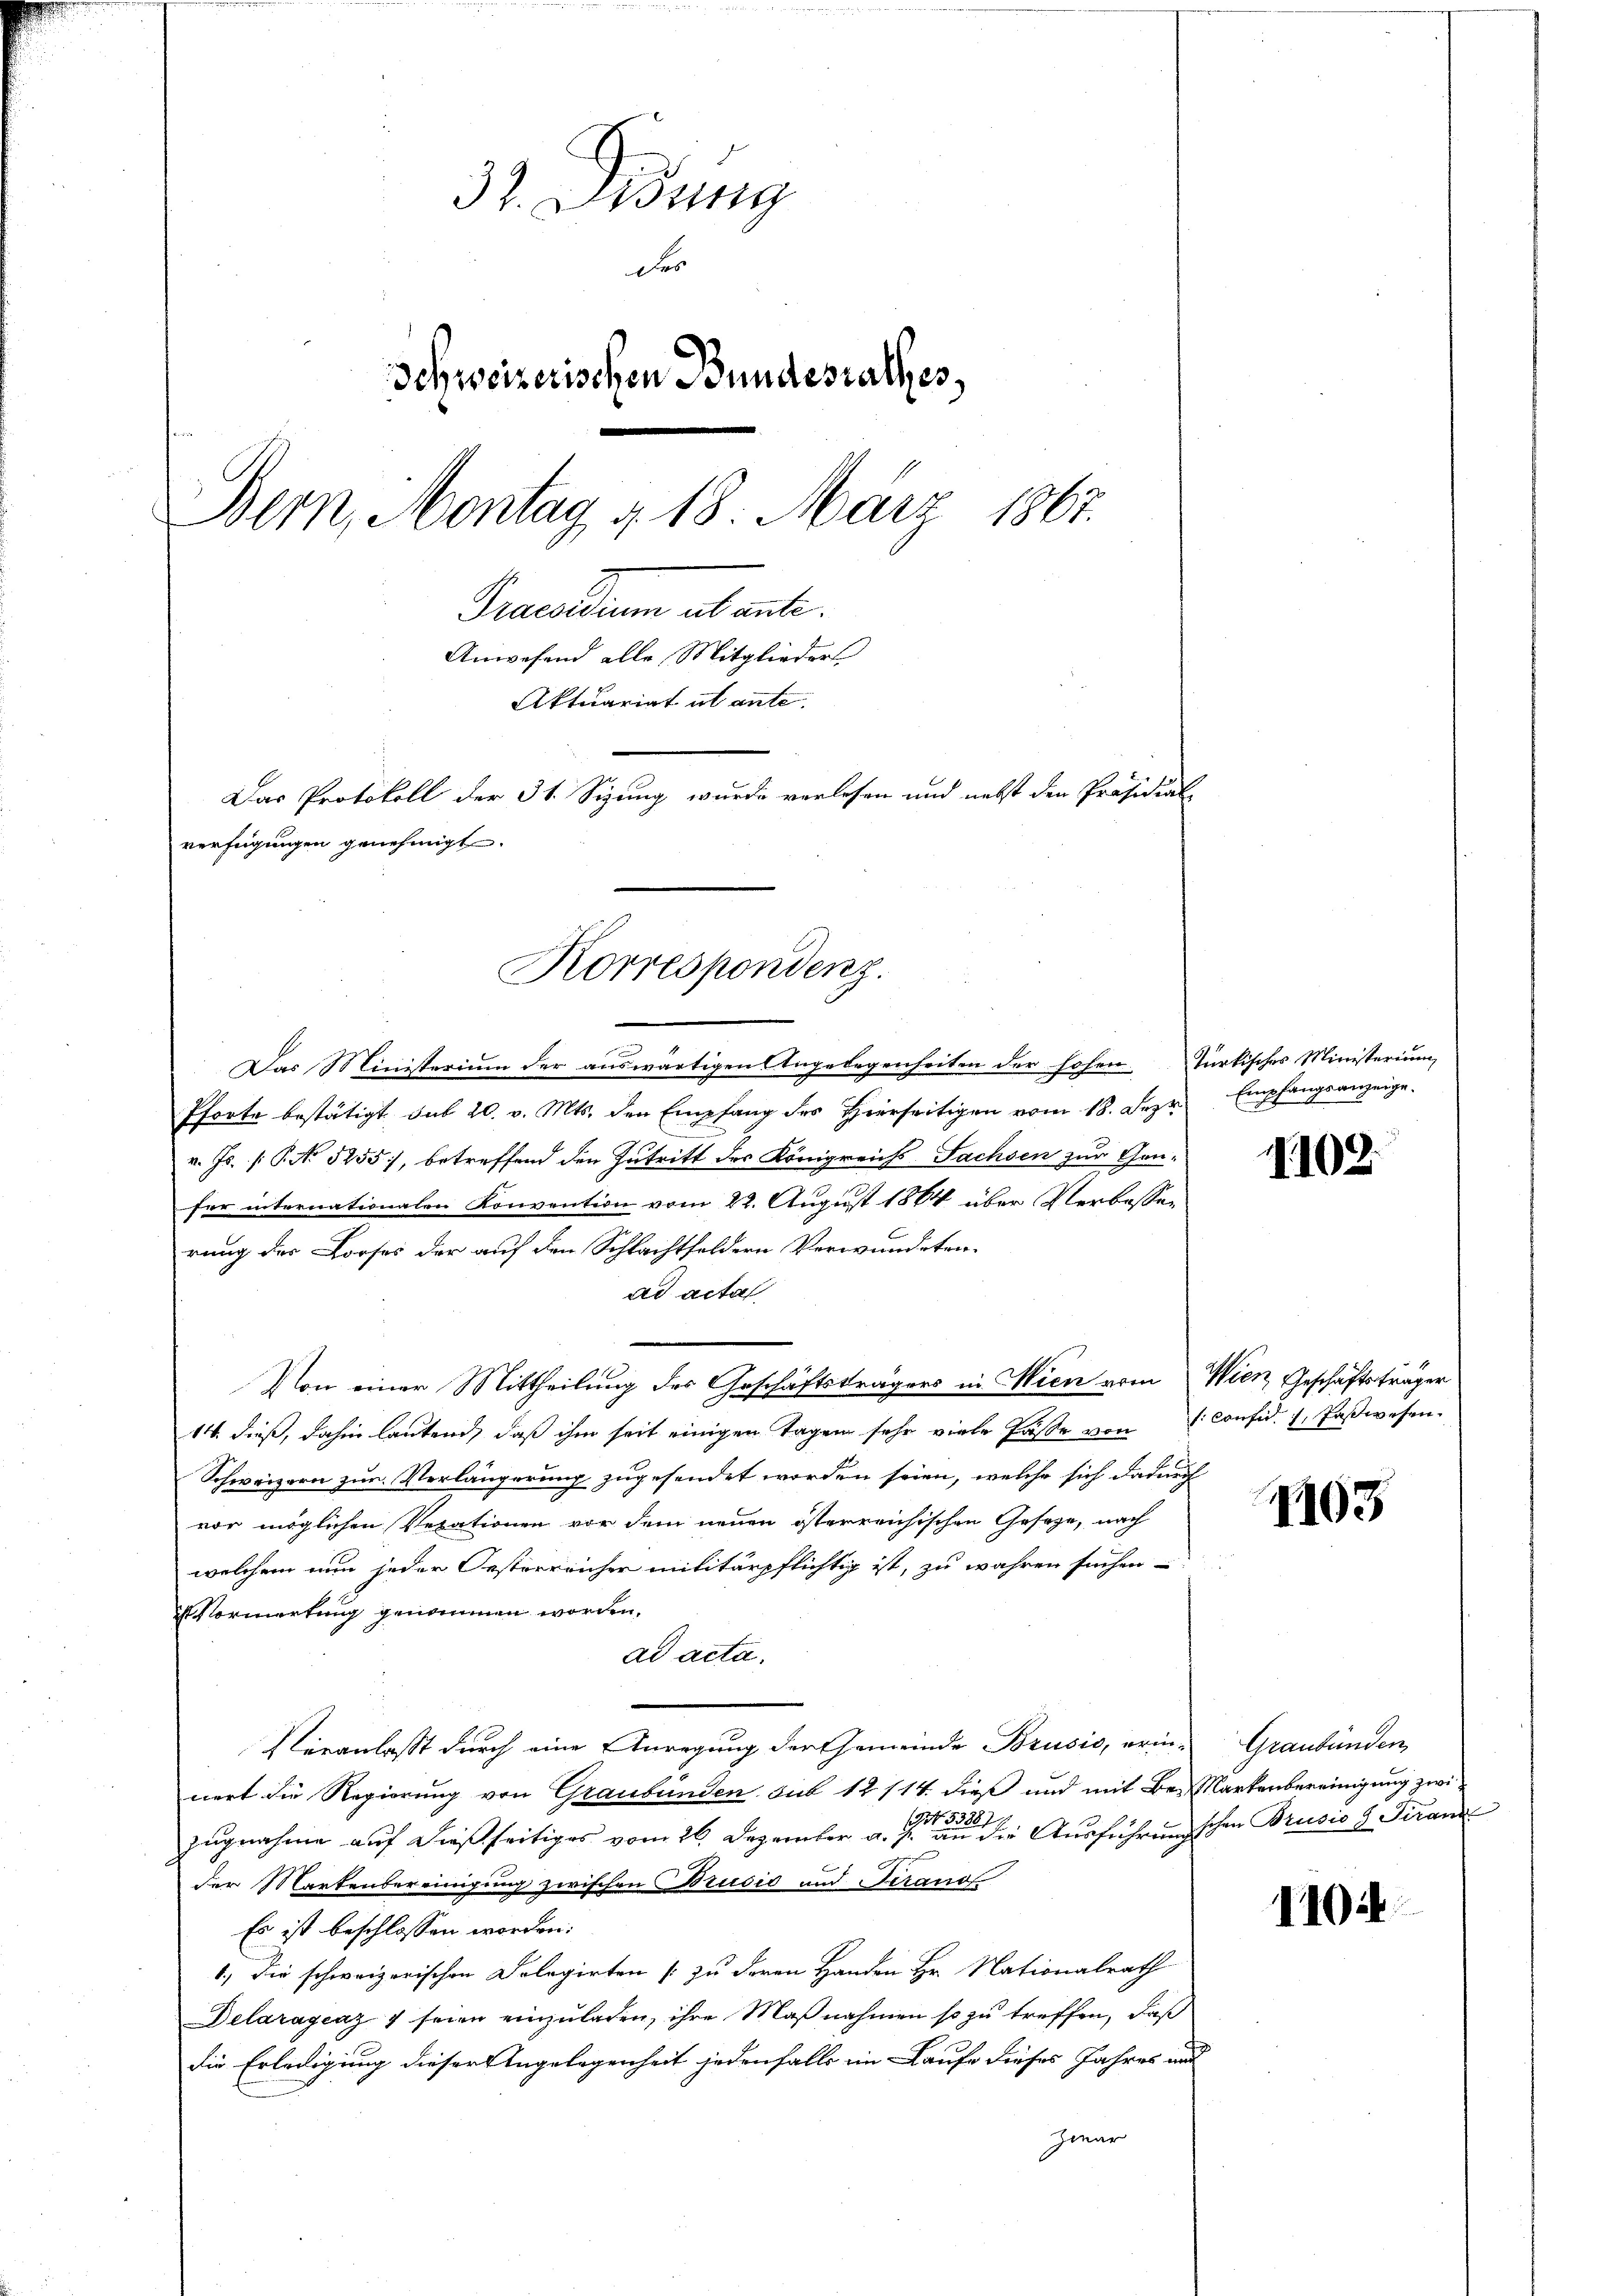
32. Diezing
d
Schweizerischen Bundesrathes,
Bern, Montag § 18. März 1867.
Praesiduum abante.
Anwesend alle Mitglieder
Aktuariat abante.
Das Protokoll der 31. Sizung wurde verlesen und nebst den Präsidial-
verfügungen genehmigt.

Korrespondenz.

Das Ministerium der auswärtigen Angelegenheiten der hohen türkisches Ministerium
Pforte bestätigt, sub 20. v. Mts. den Empfang des Hierseitigen vom 18. Jezr Empfangsanzeige.
v. Js. [P No 5255), betreffend den Zutritt des Königreichs- Sachsen zur Gen-
fer internationalen Konvention vom 22. August 1884 über Verbessen
rung des Looses der auf den Schlachtholdern Verwundeten.
ad acta
Von einer Mittheilung des Geschäftsträgers in Wien vom Wien Geschäftsträger
14. dieß, dahin lautend, daß ihm seit einigen Tagen sehr viele Fässe von consid. E. Paßwesen.
Schweizern zur Verlängerung zugesendet worden seien, welche sich dadurch
vor möglichen Verationen vor dem neuen österreichischen Gesage, nach
welchem nun jeder Oesterreicher militärpflichtig ist, zu wahren suchen
ormertung genommen worden.
ad acta.
Veranlasst durch eine Anregung der Gemeinde Brusio, erin- Graubünden,
nert die Regierung von Graubünden Sub 12 114. dieß und mit Be-Markenbereinigung zwi¬

zugnahme auf dießseitiges vom 26. Dezember a. p. an die Ausführungschen Brusio g. Tiran
der Martenbereinigung zwischen Brusis und Terand
Es ist beschlossen worden:
1.) Die schweizerischen Delegirten (zu deren Handen Hr. Nationalrath
Delaragraz 1 seien einzuladen, ihre Maßnahmen so zu treffen, daß
die Erledigung dieser Angelegenheit jedenfalls im Laufe dieses Jahres und
Jwar

1103

102

1104